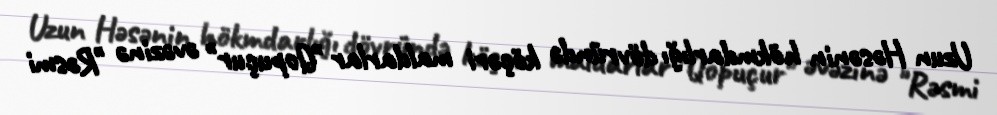
Uzun Həsənin hökmdarlığı dövründə köçəri maldarlar "Qopuçur" əvəzinə "Rəsmi